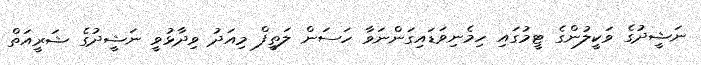
ނަޝީދުގެ ވަކީލުންގެ ޓީމުގައި ހިމެނިވަޑައިގަންނަވާ ހަސަން ލަތީފް މިއަދު ވިދާޅުވީ ނަޝީދުގެ ޝަރީއަތް